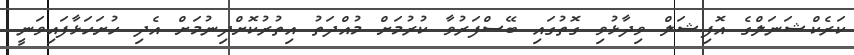
ކަރެކްޝަނަލްގެ އޮފިޝަލް ވިދާޅުވި ގޮތުގައި ބޭސްފަރުވާ ކުރުމަށް މުއްދަތު އިތުރުކޮށްދިނުމަށް އެދި ހުށަހަޅާފައިވަނީ